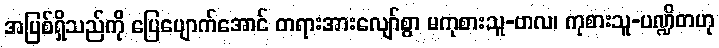
အပြစ်ရှိသည်ကို ပြေပျောက်အောင် တရားအားလျော်စွာ မကုစားသူ-ဗာလ၊ ကုစားသူ-ပဏ္ဍိတဟု